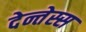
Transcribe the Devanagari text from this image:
देन्तेस्स